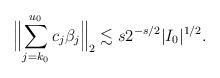
LaTeX: \begin{align*}\Bigl\lVert \sum_{j=k_0} ^{u_0} c_j \beta _j \Bigr\rVert_2 \lesssim s 2^{-s/2} \lvert I_0\rvert ^{1/2} . \end{align*}